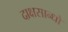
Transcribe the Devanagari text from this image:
दाक्षसान्धो